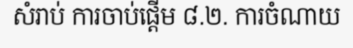
សំរាប់ ការចាប់ផ្តើម ៨.២. ការចំណាយ